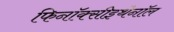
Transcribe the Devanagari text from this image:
फिनॉक्सीइथेनॉल